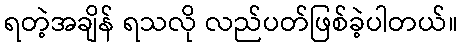
ရတဲ့အချိန် ရသလို လည်ပတ်ဖြစ်ခဲ့ပါတယ်။